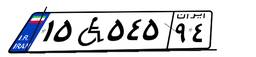
۸۱W۸۶۸۰۴